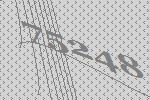
75248